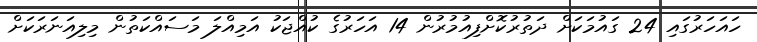
ހައަހަރުގައި 24 ގައުމަކަށް ދަތުރުކޮށްފިއުމުރުން 14 އަހަރުގެ ކުއްޖަކު އަމިއްލަ މަސައްކަތުން މިލިއަނަރަކަށް